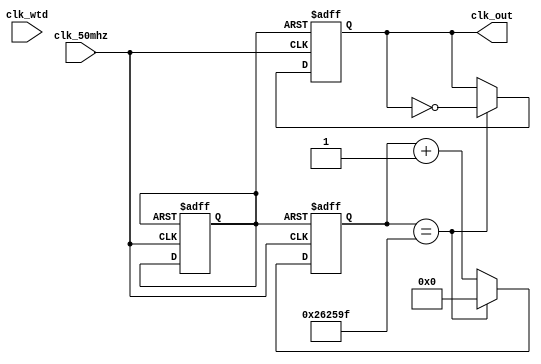
module clk_1(clk_50mhz, clk_out, clk_wtd);

   input clk_50mhz;
	input [31:0] clk_wtd;
   output reg clk_out;
	reg rst;
	reg[24:0] counter, base_clk, freq_wtd;
	
	
	
	initial begin
	counter = 0;
	rst=0;
	//base_clk = 25'd24_999_999;
	//freq_wtd = base_clk/clk_wtd;
	end
	
	
	
	always @(posedge clk_50mhz or negedge rst)
	begin
	if(!rst)
		begin
			rst=1;
			counter=25'd0;
			clk_out=1'b0;
		end
	else
		if(counter==25'd24_999_99)
			begin
				counter=25'd0;
				clk_out=~clk_out;
			end
		else
			begin
				counter=counter+1;
			end
		end
endmodule

//24_999_999 -> 1hz